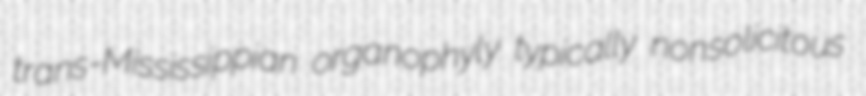
trans-Mississippian organophyly typically nonsolicitous